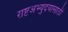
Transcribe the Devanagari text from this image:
राष्टअभ्युदयासाठी